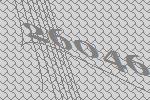
26046